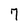
Character: 7